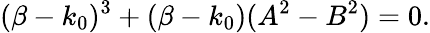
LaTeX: (\beta-k_{0})^{3}+(\beta-k_{0})(A^{2}-B^{2})=0.